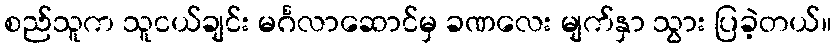
စည်သူက သူငယ်ချင်း မင်္ဂလာဆောင်မှ ခဏလေး မျက်နှာ သွား ပြခဲ့တယ်။